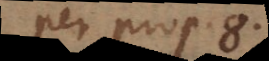
(per prop. 8)